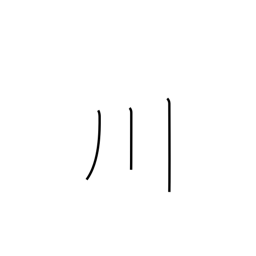
Meaning: river or three-stroke river radical (no. 47)